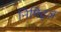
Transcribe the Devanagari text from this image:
निमिट्ज़